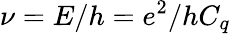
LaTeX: \nu=E/h=e^{2}/hC_{q}